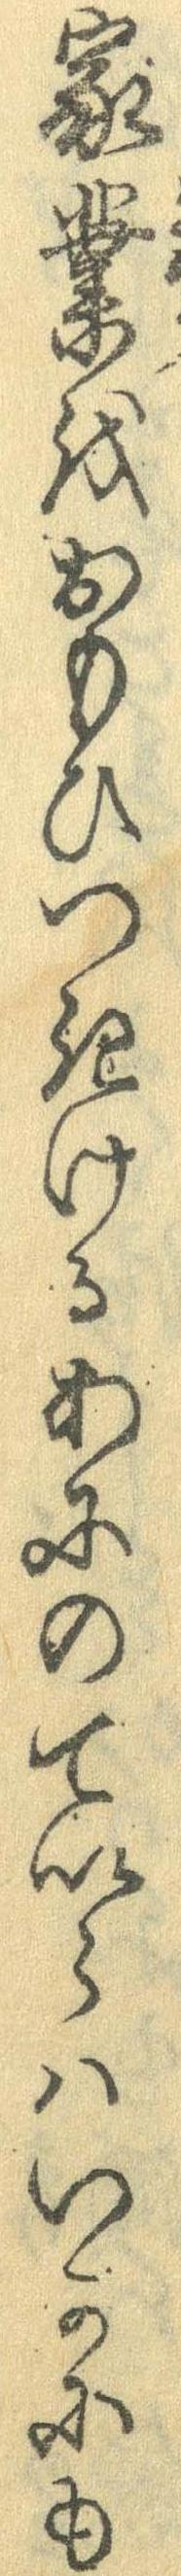
家業をおもひつきけるあにのていらはいかにも